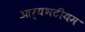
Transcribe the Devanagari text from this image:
आर्यभटीयम